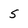
Character: 5